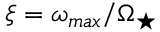
\xi = { \omega _ { m a x } } / { \Omega _ { \star } }